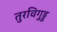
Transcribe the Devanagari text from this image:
तुरविगुड्ड